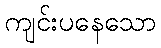
ကျင်းပနေသော